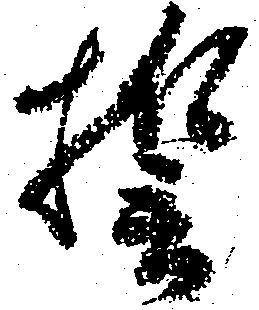
誓